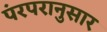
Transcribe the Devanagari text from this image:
पंरपरानुसार